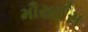
મૌરાઈસ